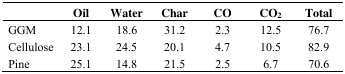
<table><thead><tr><td></td><td><b>Oil</b></td><td><b>Water</b></td><td><b>Char</b></td><td><b>CO</b></td><td><b>CO<sub>2</sub></b></td><td><b>Total</b></td></tr></thead><tbody><tr><td>GGM</td><td>12.1</td><td>18.6</td><td>31.2</td><td>2.3</td><td>12.5</td><td>76.7</td></tr><tr><td>Cellulose</td><td>23.1</td><td>24.5</td><td>20.1</td><td>4.7</td><td>10.5</td><td>82.9</td></tr><tr><td>Pine</td><td>25.1</td><td>14.8</td><td>21.5</td><td>2.5</td><td>6.7</td><td>70.6</td></tr></tbody></table>